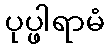
ပုပ္ဖါရာမံ